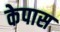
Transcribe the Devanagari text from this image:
केपास